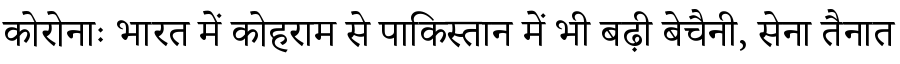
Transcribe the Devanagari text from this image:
कोरोनाः भारत में कोहराम से पाकिस्तान में भी बढ़ी बेचैनी, सेना तैनात